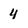
Character: 4